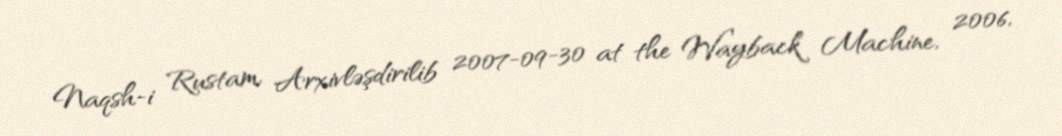
Naqsh-i Rustam, Arxivləşdirilib 2007-09-30 at the Wayback Machine, 2006,